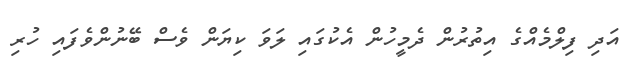
އަދި ފިލްމެއްގެ އިތުރުން ދެމީހުން އެކުގައި ލަވަ ކިޔަން ވެސް ބޭނުންވެފައި ހުރި